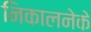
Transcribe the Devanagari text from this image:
निकालनेके